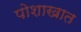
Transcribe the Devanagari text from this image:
पोशाखात